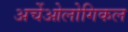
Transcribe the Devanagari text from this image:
अर्चेओलोगिकल